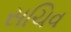
સચિવ